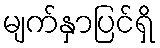
မျက်နှာပြင်ရှိ